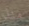
منذ